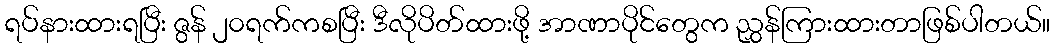
ရပ်နားထားရပြီး ဇွန် ၂၀ရက်ကစပြီး ဒီလိုပိတ်ထားဖို့ အာဏာပိုင်တွေက ညွှန်ကြားထားတာဖြစ်ပါတယ်။